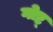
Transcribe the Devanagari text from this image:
गोष्ट्